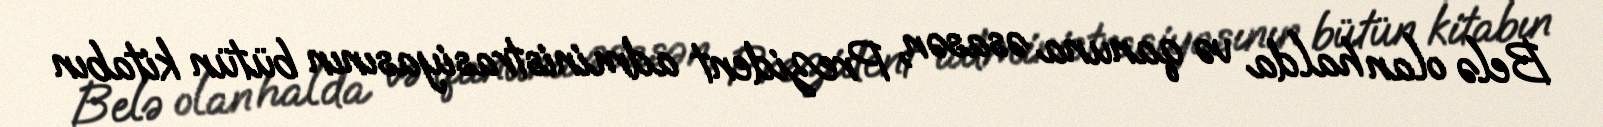
Belə olan halda və qanuna əsasən, Prezident administrasiyasının bütün kitabın